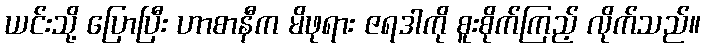
ယင်းသို့ ပြောပြီး ဟာစာနီက မိဖုရား ဇရဒါကို စူးစိုက်ကြည့် လိုက်သည်။